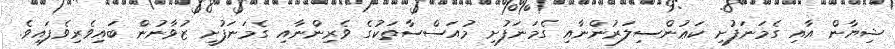
ޝިޔާން އާއި ގެމަނަފުށި ކަޢުންސިލަރުންނާއި ގެމަނަފުށި މުއަސްސާތަކުގެ ވެރިންނާއި ގެމަނަފުށީ ޒުވާނުން ބައިވެރިވެފައިވެ.